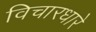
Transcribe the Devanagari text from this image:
विचारधारे